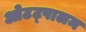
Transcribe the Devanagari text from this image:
ओटट्पालम